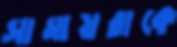
সামায়রাকে